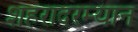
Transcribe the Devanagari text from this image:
शहरादरम्यान